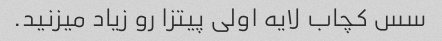
سس کچاب لایه اولی پیتزا رو زیاد میزنید.